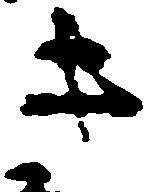
き